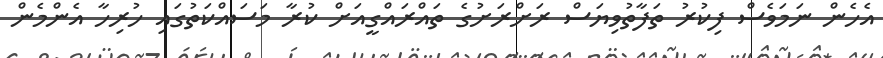
އެހެން ނަމަވެސް ފިކުރު ތަފާތުވިޔަސް ރަށްރަށުގެ ތައްރައްގީއަށް ކުރާ މަސައްކަތުގައި ހުރިހާ އެންމެން